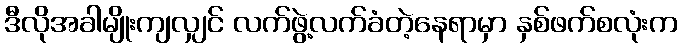
ဒီလိုအခါမျိုးကျလျှင် လက်ဖွဲ့လက်ခံတဲ့နေရာမှာ နှစ်ဖက်စလုံးက